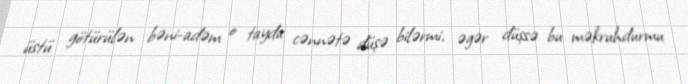
üstü götürülən bəni-adəm o tayda cənnətə düşə bilərmi, əgər düşsə bu məkruhdurmu